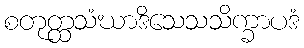
စတုတ္ထသံဃာဒိသေသသိက္ခာပဒံ